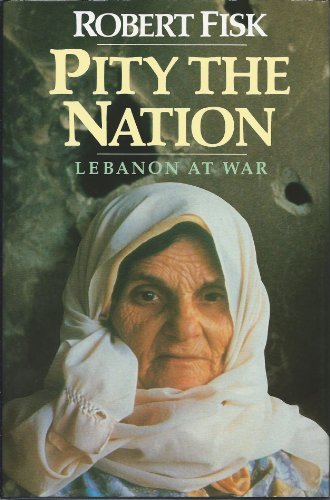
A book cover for Pity the Nation: Lebanon at War; Robert Fisk; History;